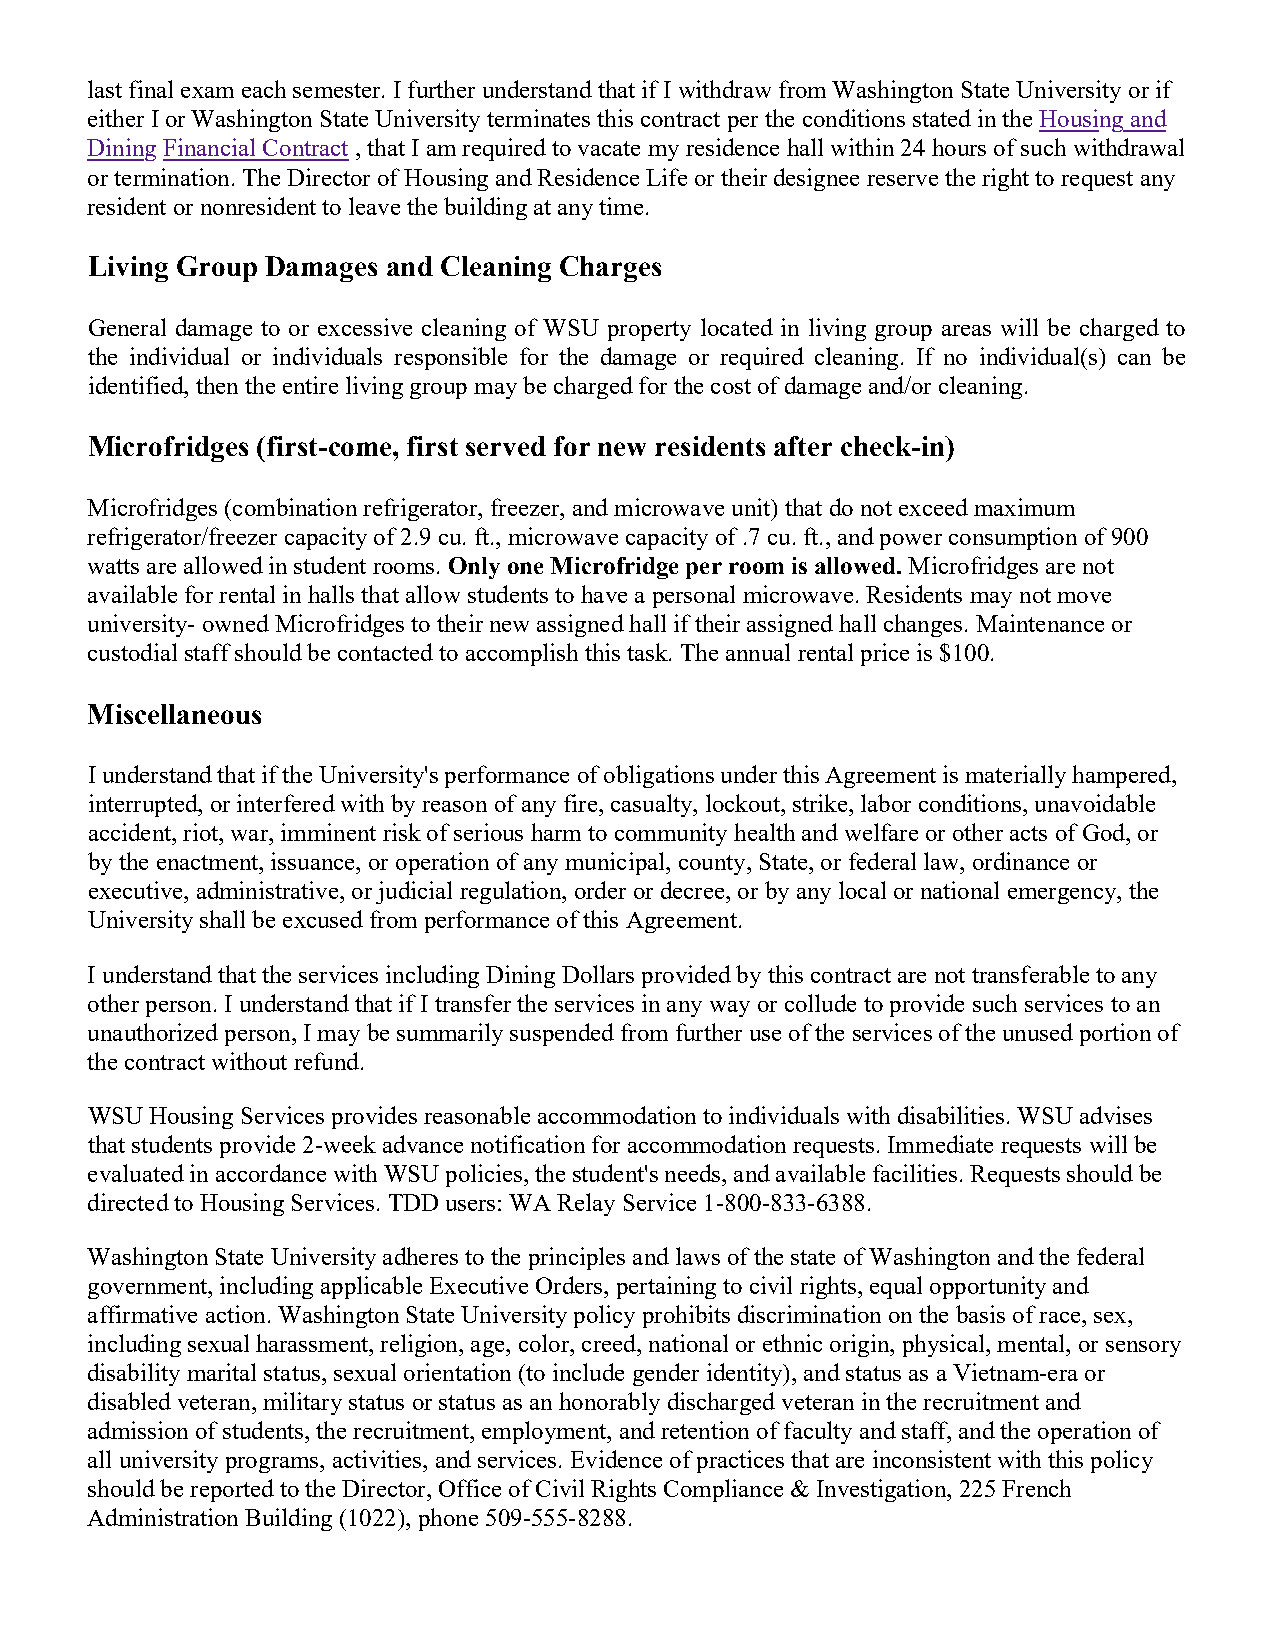
last final exam each semester. I further understand that if I withdraw from Washington State University or if
 either I or Washington State University terminates this contract per the conditions stated in the Housing and
 Dining Financial Contract , that I am required to vacate my residence hall within 24 hours of such withdrawal
 or termination. The Director of Housing and Residence Life or their designee reserve the right to request any
 resident or nonresident to leave the building at any time.
 Living Group Damages and Cleaning Charges
 General damage to or excessive cleaning of WSU property located in living group areas will be charged to
 the individual or individuals responsible for the damage or required cleaning. If no individual(s) can be
 identified, then the entire living group may be charged for the cost of damage and/or cleaning.
 Microfridges (first-come, first served for new residents after check-in)
 Microfridges (combination refrigerator, freezer, and microwave unit) that do not exceed maximum
 refrigerator/freezer capacity of 2.9 cu. ft., microwave capacity of .7 cu. ft., and power consumption of 900
 watts are allowed in student rooms. Only one Microfridge per room is allowed. Microfridges are not
 available for rental in halls that allow students to have a personal microwave. Residents may not move
 university- owned Microfridges to their new assigned hall if their assigned hall changes. Maintenance or
 custodial staff should be contacted to accomplish this task. The annual rental price is $100.
 Miscellaneous
 I understand that if the University's performance of obligations under this Agreement is materially hampered,
 interrupted, or interfered with by reason of any fire, casualty, lockout, strike, labor conditions, unavoidable
 accident, riot, war, imminent risk of serious harm to community health and welfare or other acts of God, or
 by the enactment, issuance, or operation of any municipal, county, State, or federal law, ordinance or
 executive, administrative, or judicial regulation, order or decree, or by any local or national emergency, the
 University shall be excused from performance of this Agreement.
 I understand that the services including Dining Dollars provided by this contract are not transferable to any
 other person. I understand that if I transfer the services in any way or collude to provide such services to an
 unauthorized person, I may be summarily suspended from further use of the services of the unused portion of
 the contract without refund.
 WSU Housing Services provides reasonable accommodation to individuals with disabilities. WSU advises
 that students provide 2-week advance notification for accommodation requests. Immediate requests will be
 evaluated in accordance with WSU policies, the student's needs, and available facilities. Requests should be
 directed to Housing Services. TDD users: WA Relay Service 1-800-833-6388.
 Washington State University adheres to the principles and laws of the state of Washington and the federal
 government, including applicable Executive Orders, pertaining to civil rights, equal opportunity and
 affirmative action. Washington State University policy prohibits discrimination on the basis of race, sex,
 including sexual harassment, religion, age, color, creed, national or ethnic origin, physical, mental, or sensory
 disability marital status, sexual orientation (to include gender identity), and status as a Vietnam-era or
 disabled veteran, military status or status as an honorably discharged veteran in the recruitment and
 admission of students, the recruitment, employment, and retention of faculty and staff, and the operation of
 all university programs, activities, and services. Evidence of practices that are inconsistent with this policy
 should be reported to the Director, Office of Civil Rights Compliance & Investigation, 225 French
 Administration Building (1022), phone 509-555-8288.